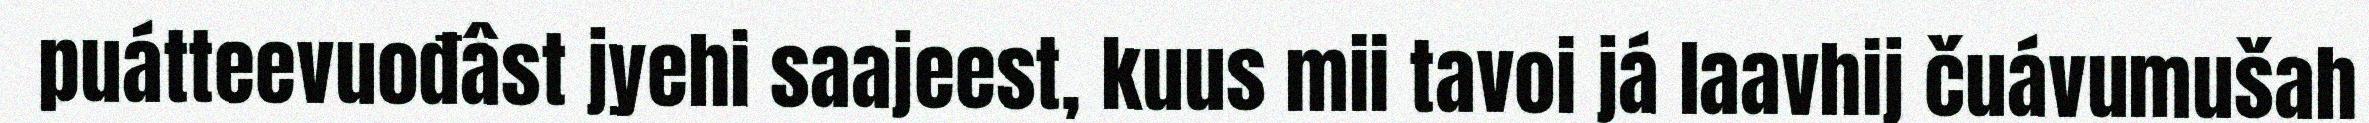
puátteevuođâst jyehi saajeest, kuus mii tavoi já laavhij čuávumušah